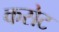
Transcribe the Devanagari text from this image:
कसेट